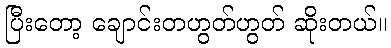
ပြီးတော့ ချောင်းတဟွတ်ဟွတ် ဆိုးတယ်။